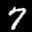
Label: 7